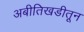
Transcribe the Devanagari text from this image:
अबीतिखडीतून